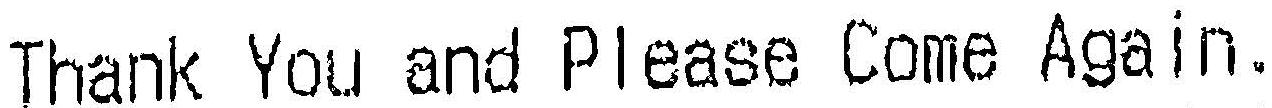
THANK YOU AND PLEASE COME AGAIN.